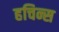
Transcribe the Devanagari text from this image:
हचिन्स